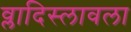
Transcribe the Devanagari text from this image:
व्लादिस्लावला